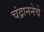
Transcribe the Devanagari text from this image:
चंद्राननेचे